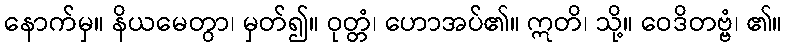
နောက်မှ။ နိယမေတွာ၊ မှတ်၍။ ဝုတ္တံ၊ ဟောအပ်၏။ ဣတိ၊ သို့။ ဝေဒိတဗ္ဗံ၊ ၏။